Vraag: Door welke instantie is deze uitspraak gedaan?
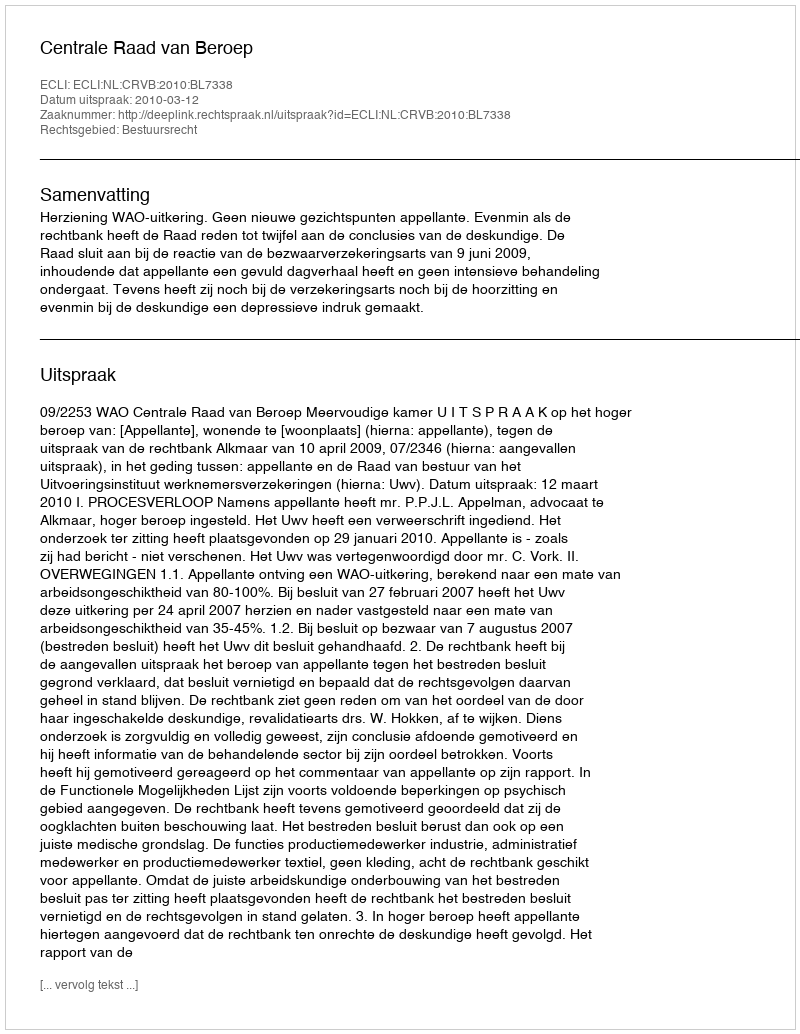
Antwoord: Centrale Raad van Beroep